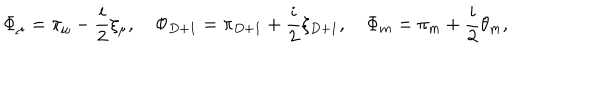
LaTeX: \Phi _ { \mu } = \pi _ { \mu } - \frac { i } { 2 } \xi _ { \mu } , \quad \Phi _ { D + 1 } = \pi _ { D + 1 } + \frac { i } { 2 } \xi _ { D + 1 } , \quad \Phi _ { m } = \pi _ { m } + \frac { i } { 2 } \theta _ { m } ,